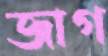
জাগ